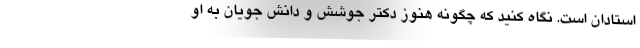
استادان است. نگاه کنید که چگونه هنوز دکتر جوشش و دانش جویان به او